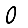
Digit: 0